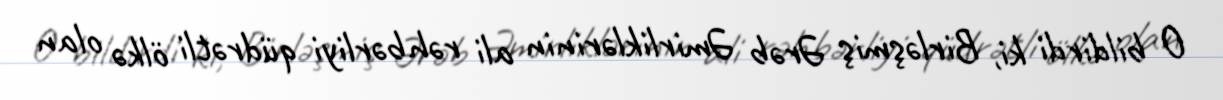
O bildirdi ki, Birləşmiş Ərəb Əmirliklərinin ali rəhbərliyi qüdrətli ölkə olan